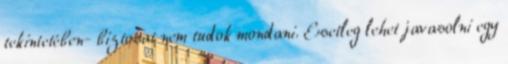
tekintetében- biztosat nem tudok mondani. Esetleg lehet javasolni egy